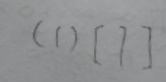
( 1 ) [ 7 ]